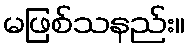
မဖြစ်သနည်း။